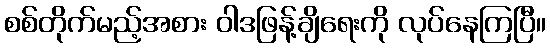
စစ်တိုက်မည့်အစား ဝါဒဖြန့်ချိရေးကို လုပ်နေကြပြီ။